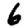
Digit: 6